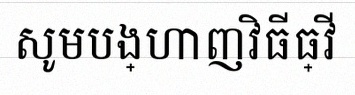
សូមបង្ហាញវិធីធ្វើ